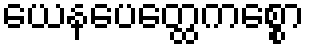
ယေနပေတ္ထေကစ္စော